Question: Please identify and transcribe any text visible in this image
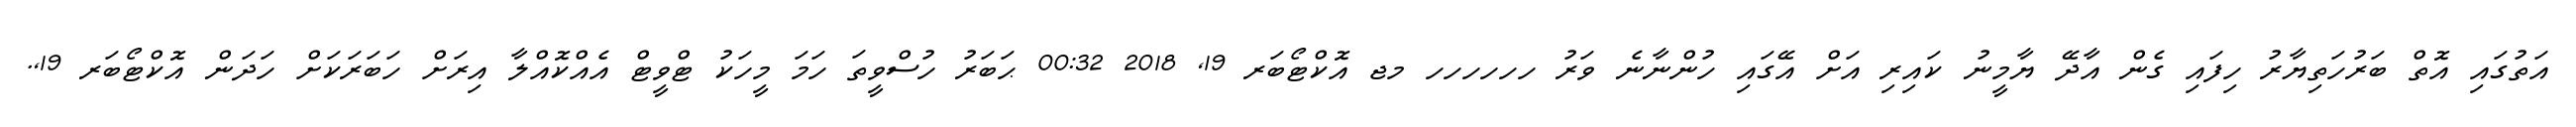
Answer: އަތުގައި އޮތް ބަރުހަތިޔާރު ހިފައި ގެން އާދޭ ޔާމީނު ކައިރި އަށް އޭގައި ހުންނާނެ ވަރު ހހހހހހ މޖ އޮކްޓޯބަރ 19, 2018 00:32 ޙަބަރު ހުސްވީތަ ހަމަ މީހަކު ޓްވީޓް އެއްކޮއްލާ އިރަށް ހަބަރަކަށް ހަދަން އޮކްޓޯބަރ 19,.